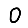
Digit: 0